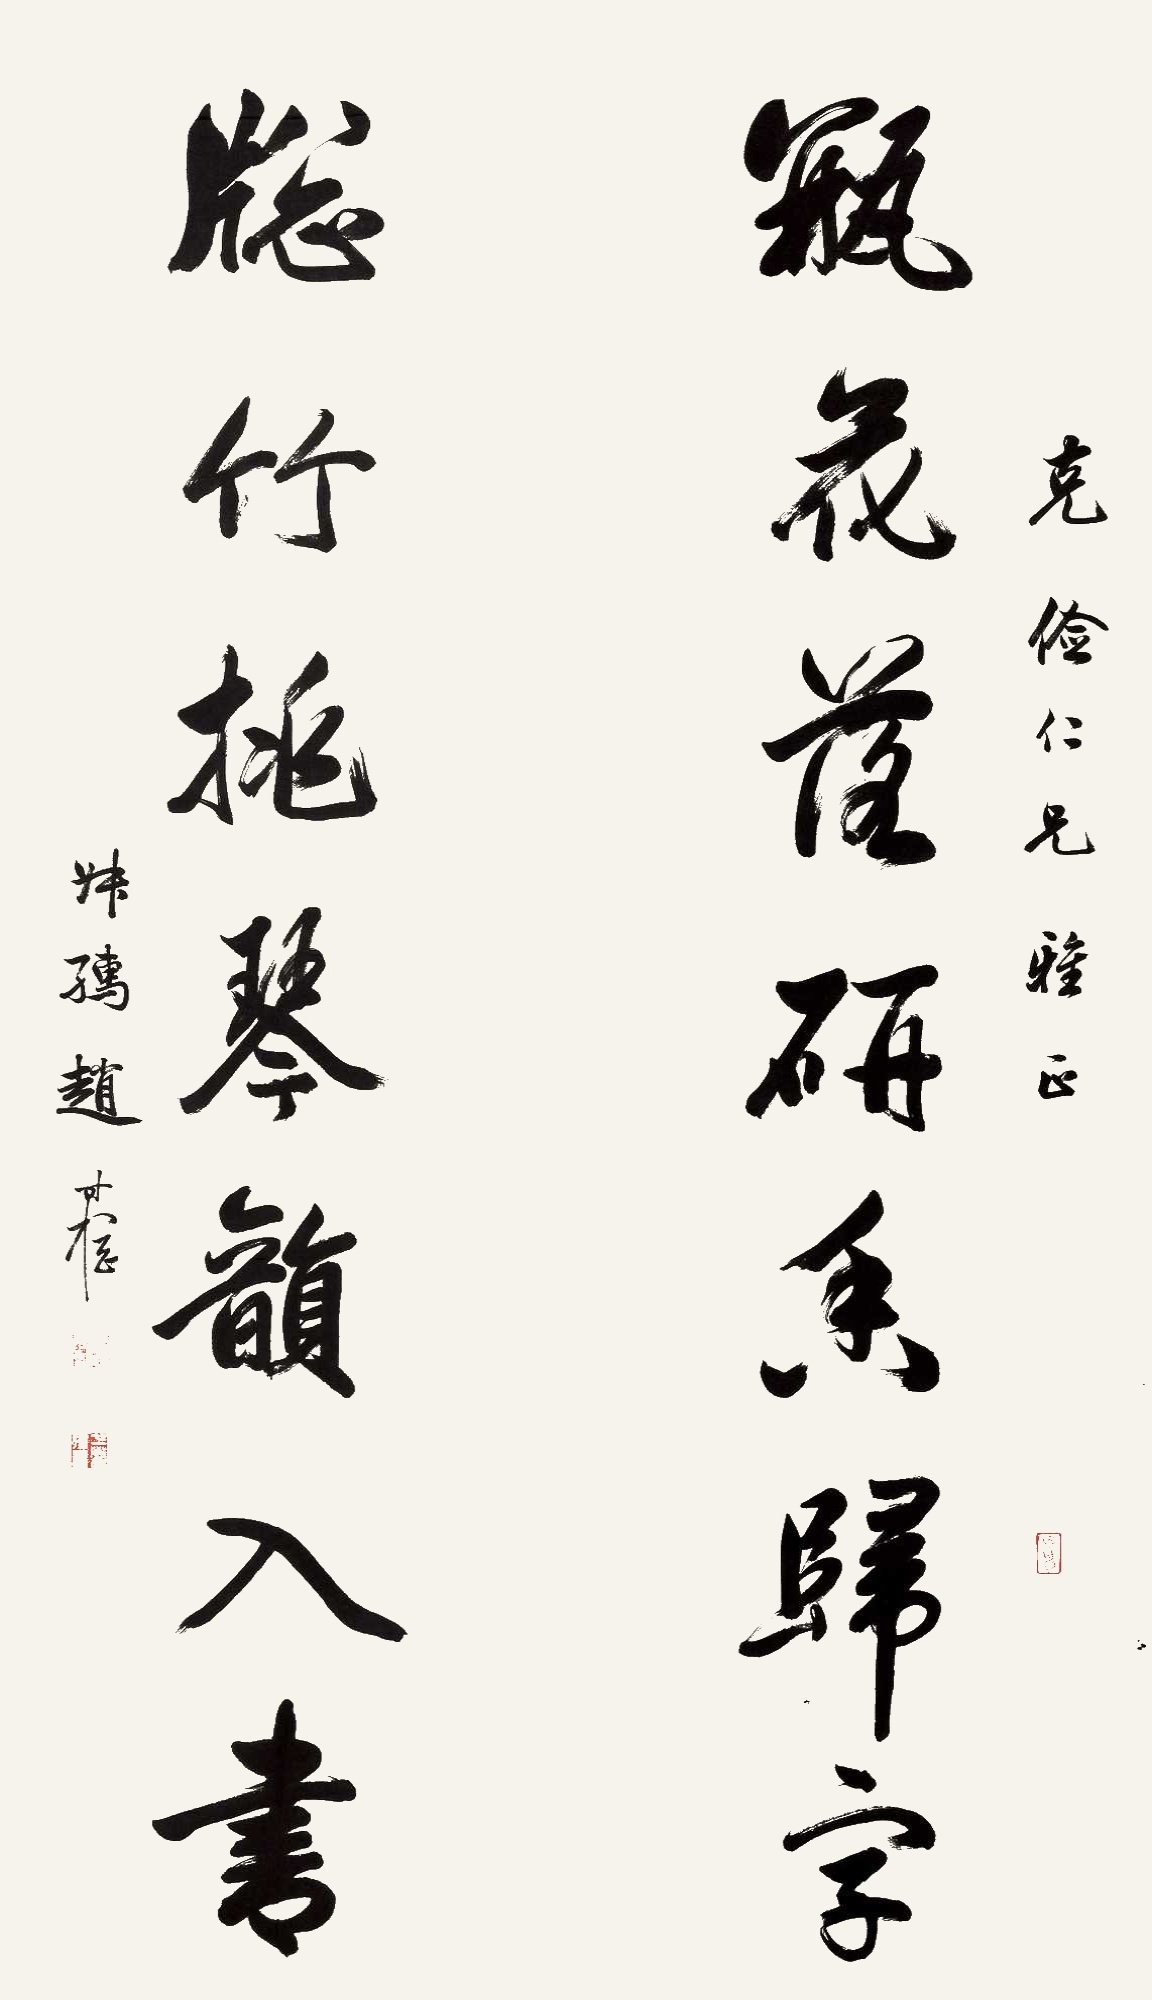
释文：瓶花落研香归字，窗竹桃琴韵入书。克俭仁兄雅正，叔孺赵时棢。